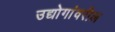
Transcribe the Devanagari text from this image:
उद्योगांवरील